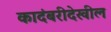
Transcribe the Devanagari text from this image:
कादंबरीदेखील